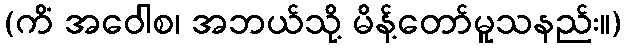
(ကိံ အဝေါစ၊ အဘယ်သို့ မိန့်တော်မူသနည်း။)